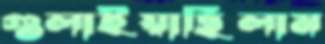
গুলাইয়াছিলাম